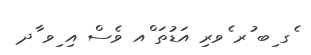
ެގ ިބ ުރ ެވރި އަޑުތަ ްއ ވެސް އި ިވ ާދ